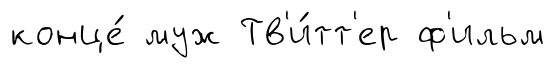
конце́ муж Тв'и́тт'ер ф'ильм